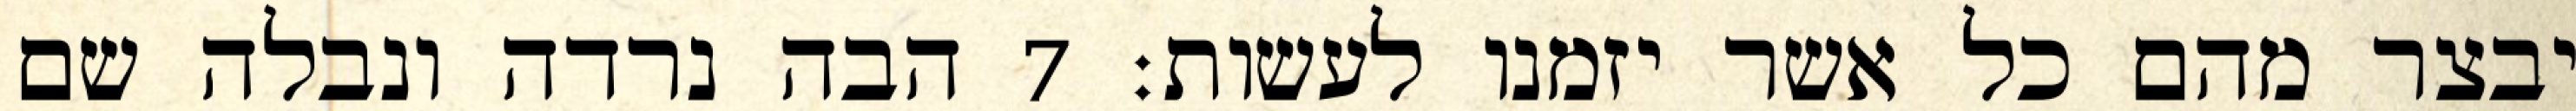
יבצר מהם כל אשר יזמנו לעשות׃ ‎7‏ הבה נרדה ונבלה שם